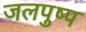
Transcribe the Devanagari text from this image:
जलपुष्प